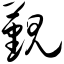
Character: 觐